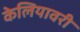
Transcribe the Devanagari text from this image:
केलियावरी